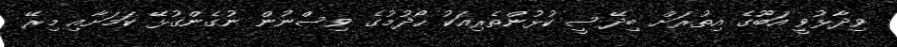
ވިދާޅުވީ އަބޫގެ އިތުރަށް ބިދޭސީ ކުޅުންތެރިއަކު ހޯދުމުގެ ވިސްނުން ނުގެންގުޅޭ ކަމަށާއި މިރޭ